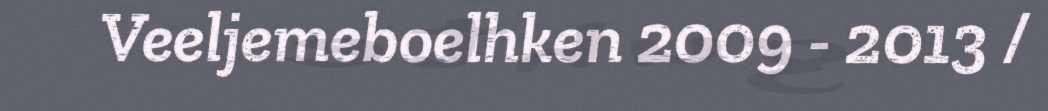
Veeljemeboelhken 2009 - 2013 /